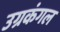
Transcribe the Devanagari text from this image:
उग्रकंगल